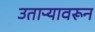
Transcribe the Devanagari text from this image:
उताऱ्यावरून